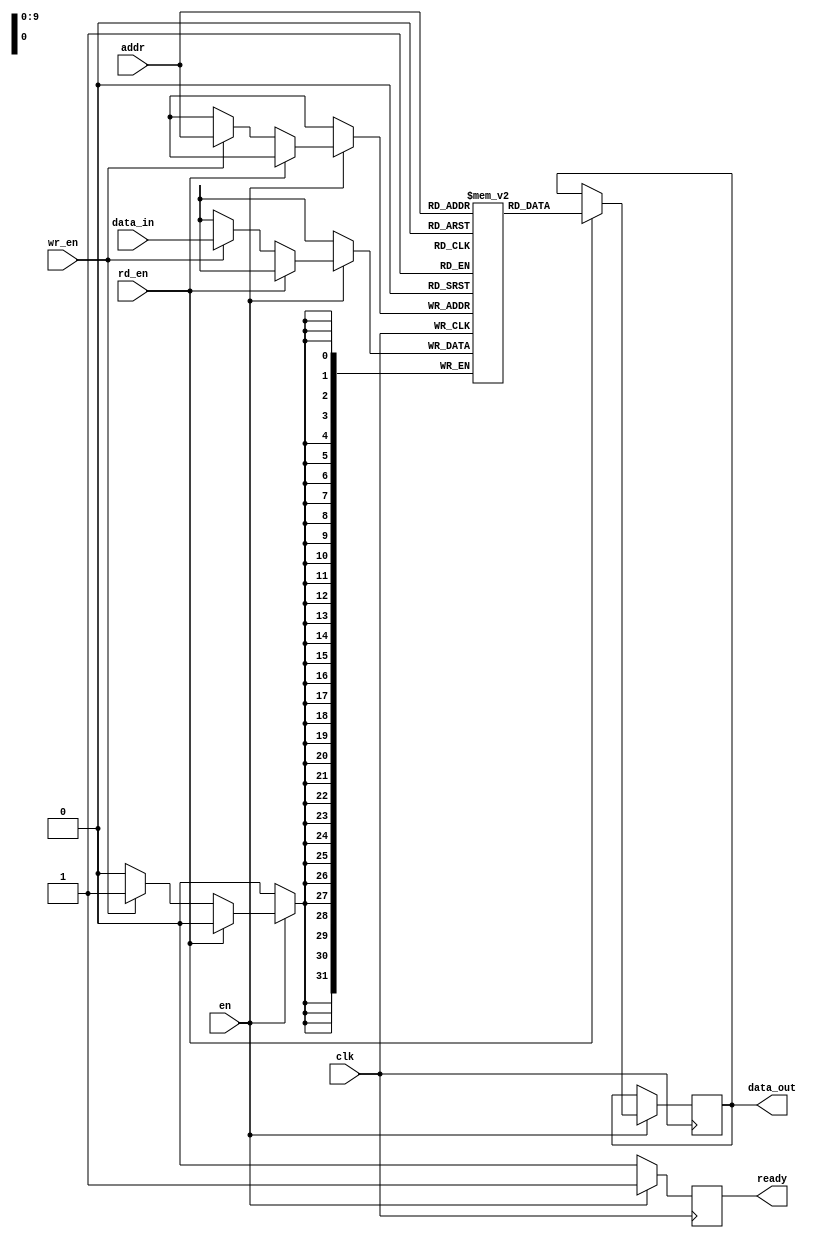
module sync_sram #(
    parameter DATA_WIDTH = 32,       // Configurable data bus width (e.g., 8, 16, 32, 64 bits)
    parameter ADDR_WIDTH = 10,       // Configurable address width (e.g., 8, 10, 12 bits)
    parameter MEM_DEPTH = 1024        // Configurable memory depth (e.g., 256, 512, 1024, 2048)
)(
    input wire clk,                  // Clock signal
    input wire en,                   // Enable signal
    input wire rd_en,                // Read enable signal
    input wire wr_en,                // Write enable signal
    input wire [ADDR_WIDTH-1:0] addr,// Address input
    input wire [DATA_WIDTH-1:0] data_in, // Data input
    output reg [DATA_WIDTH-1:0] data_out, // Data output
    output reg ready                 // Ready signal
);

    // Memory array declaration
    reg [DATA_WIDTH-1:0] mem_array [0:MEM_DEPTH-1];

    // Asynchronous read operation
    always @(posedge clk) begin
        if (en) begin
            if (rd_en) begin
                data_out <= mem_array[addr]; // Read data from memory
            end else if (wr_en) begin
                mem_array[addr] <= data_in;   // Write data to memory
            end
        end
    end

    // Ready signal generation
    always @(posedge clk) begin
        if (en) begin
            ready <= 1'b1; // Indicate memory is ready
        end else begin
            ready <= 1'b0; // If not enabled, memory is not ready
        end
    end

endmodule